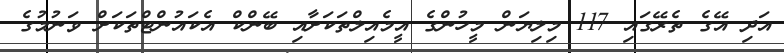
އަދި އޭގެ ތެރޭގައި 117 މިލިޔަން މީހުންގެ އީމެއިލްތަކަށާއި ބޭންކް އެކައުންޓްތަކަށް ވަނުމުގެ